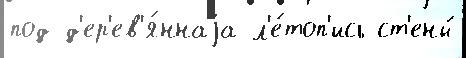
под д'ер'ев'я́ннаjа л'е́топ'ись ст'ены́